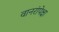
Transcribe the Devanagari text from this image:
वानरांपेक्षा